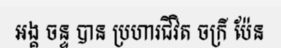
អង្គ ចន្ទ បាន ប្រហារជីវិត ចក្រី ប៉ែន